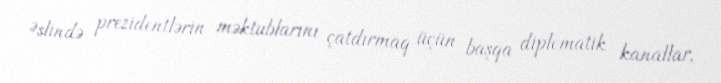
Əslində prezidentlərin məktublarını çatdırmaq üçün başqa diplomatik kanallar,